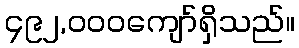
၄၉၂,၀၀၀ကျော်ရှိသည်။